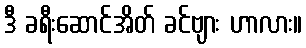
ဒီ ခရီးဆောင်အိတ် ခင်ဗျား ဟာလား။